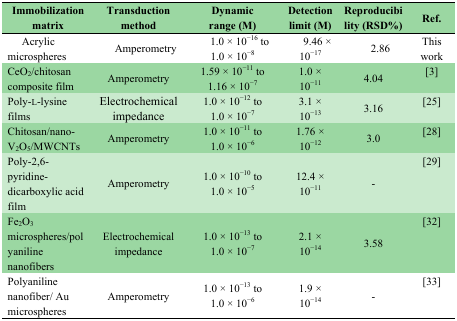
<table><thead><tr><td><b>Immobilization matrix</b></td><td><b>Transduction method</b></td><td><b>Dynamic range (M)</b></td><td><b>Detection limit (M)</b></td><td><b>Reproducibility (RSD%)</b></td><td><b>Ref.</b></td></tr></thead><tbody><tr><td>Acrylic microspheres</td><td>Amperometry</td><td>1.0 × 10<sup>−16</sup> to 1.0 × 10<sup>−8</sup></td><td>9.46 × 10<sup>−17</sup></td><td>2.86</td><td>This work</td></tr><tr><td>CeO<sub>2</sub>/chitosan composite film</td><td>Amperometry</td><td>1.59 × 10<sup>−11</sup> to 1.16 × 10<sup>−7</sup></td><td>1.0 × 10<sup>−11</sup></td><td>4.04</td><td>[3]</td></tr><tr><td>Poly-l-lysine films</td><td>Electrochemical impedance</td><td>1.0 × 10<sup>−12</sup> to 1.0 × 10<sup>−7</sup></td><td>3.1 × 10<sup>−13</sup></td><td>3.16</td><td>[25]</td></tr><tr><td>Chitosan/nano-V<sub>2</sub>O<sub>5</sub>/MWCNTs</td><td>Amperometry</td><td>1.0 × 10<sup>−11</sup> to 1.0 × 10<sup>−6</sup></td><td>1.76 × 10<sup>−12</sup></td><td>3.0</td><td>[28]</td></tr><tr><td>Poly-2,6-pyridine-dicarboxylic acid film</td><td>Amperometry</td><td>1.0 × 10<sup>−10</sup> to 1.0 × 10<sup>−5</sup></td><td>12.4 × 10<sup>−11</sup></td><td>-</td><td>[29]</td></tr><tr><td>Fe<sub>2</sub>O<sub>3</sub> microspheres/polyaniline nanofibers</td><td>Electrochemical impedance</td><td>1.0 × 10<sup>−13</sup> to 1.0 × 10<sup>−7</sup></td><td>2.1 × 10<sup>−14</sup></td><td>3.58</td><td>[32]</td></tr><tr><td>Polyaniline nanofiber/ Au microspheres</td><td>Amperometry</td><td>1.0 × 10<sup>−13</sup> to 1.0 × 10<sup>−6</sup></td><td>1.9 × 10<sup>−14</sup></td><td>-</td><td>[33]</td></tr></tbody></table>